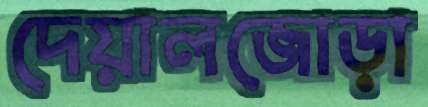
দেয়ালজোড়া